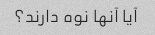
آیا آنها نوه دارند؟